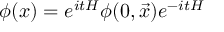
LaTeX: \phi ( x ) = e ^ { i t H } \phi ( 0 , \vec { x } ) e ^ { - i t H }